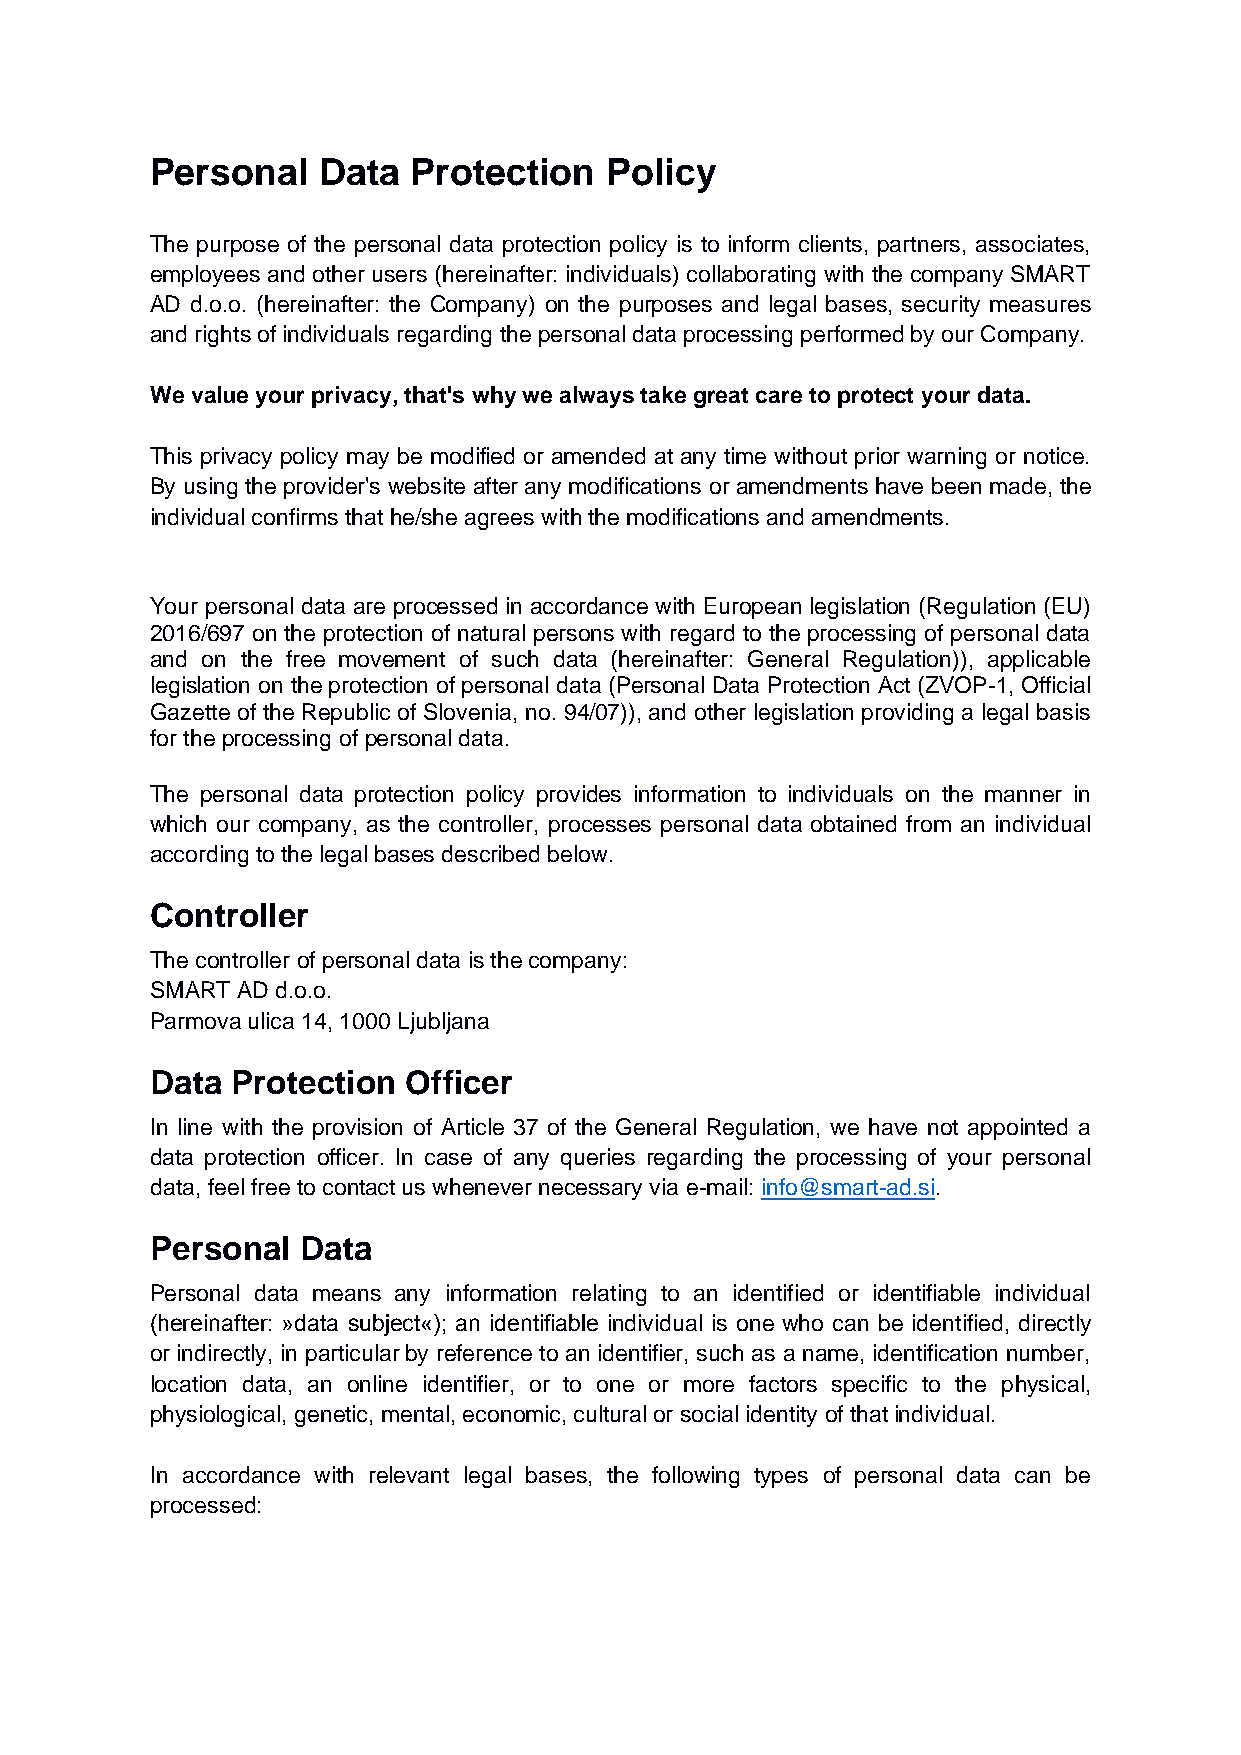
Personal   Data  Protection   Policy
 The purpose of the personal data protection policy is to inform clients, partners, associates,
 employees and other users (hereinafter: individuals) collaborating with the company SMART
 AD d.o.o. (hereinafter: the Company) on the purposes and legal bases, security measures
 and rights of individuals regarding the personal data processing performed by our Company.
 We value your privacy, that's why we always take great care to protect your data.
 This privacy policy may be modified or amended at any time without prior warning or notice.
 By using the provider's website after any modifications or amendments have been made, the
 individual confirms that he/she agrees with the modifications and amendments.
 Your personal data are processed in accordance with European legislation (Regulation (EU)
 2016/697 on the protection of natural persons with regard to the processing of personal data
 and on the free movement of such data (hereinafter: General Regulation)), applicable
 legislation on the protection of personal data (Personal Data Protection Act (ZVOP-1, Official
 Gazette of the Republic of Slovenia, no. 94/07)), and other legislation providing a legal basis
 for the processing of personal data.
 The personal data protection policy provides information to individuals on the manner in
 which our company, as the controller, processes personal data obtained from an individual
 according to the legal bases described below.
 Controller
 The controller of personal data is the company:
 SMART AD d.o.o.
 Parmova ulica 14, 1000 Ljubljana
 Data Protection  Officer
 In line with the provision of Article 37 of the General Regulation, we have not appointed a
 data protection officer. In case of any queries regarding the processing of your personal
 data, feel free to contact us whenever necessary via e-mail: info@smart-ad.si.
 Personal  Data
 Personal data means any information relating to an identified or identifiable individual
 (hereinafter: »data subject«); an identifiable individual is one who can be identified, directly
 or indirectly, in particular by reference to an identifier, such as a name, identification number,
 location data, an online identifier, or to one or more factors specific to the physical,
 physiological, genetic, mental, economic, cultural or social identity of that individual.
 In accordance with relevant legal bases, the following types of personal data can be
 processed: